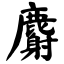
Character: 麝